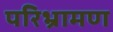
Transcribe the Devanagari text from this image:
परिभ्रामण